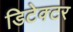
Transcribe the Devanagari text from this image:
डिटेक्‍टर